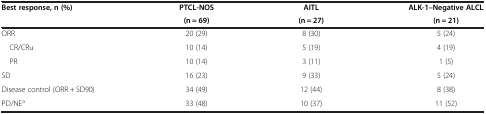
| Best response, n (%) | PTCL-NOS | AITL | ALK-1–Negative ALCL |
 |  | (n = 69) | (n = 27) | (n = 21) |
 | --- | --- | --- | --- |
 | ORR | 20 (29) | 8 (30) | 5 (24) |
 | CR/CRu | 10 (14) | 5 (19) | 4 (19) |
 | PR | 10 (14) | 3 (11) | 1 (5) |
 | SD | 16 (23) | 9 (33) | 5 (24) |
 | Disease control (ORR + SD90) | 34 (49) | 12 (44) | 8 (38) |
 | PD/NEa | 33 (48) | 10 (37) | 11 (52) |